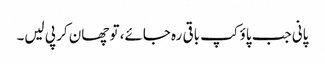
پانی جب پاؤکپ باقی رہ جائے، تو چھان کر پی لیں۔